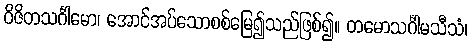
ဝိဇိတသင်္ဂါမော၊ အောင်အပ်သောစစ်မြေ၍သည်ဖြစ်၍။ တမောသင်္ဂါမသီသံ၊